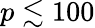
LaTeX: p\lesssim 100